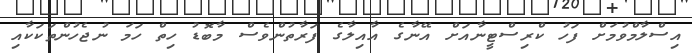
އިސްލާމްވުމަށް ފަހު ކްރިސްޓީނާއަށް އޭނާގެ އާއިލާގެ ފަރާތުންވެސް މާބޮޑު ހިތް ހަމަ ނުޖެހުންތަކަކާއި